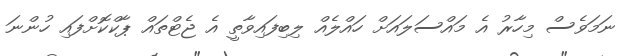
ނަމަވެސް މިހާރު އެ މައްސަލައަށް ހައްލެއް ލިބިފައިވާތީ އެ ޖެޓްތައް ޕާކްކޮށްފައި ހުންނަ